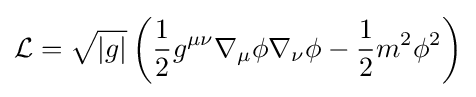
{\mathcal {L}}={\sqrt {|g|}}\left({\frac {1}{2}}g^{\mu \nu }\nabla _{\mu }\phi \nabla _{\nu }\phi -{\frac {1}{2}}m^{2}\phi ^{2}\right)